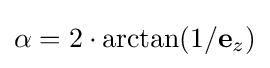
\alpha =2\cdot \arctan(1/\mathbf {e} _{z})